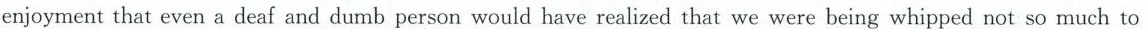
enjoyment that even a deaf and dumb person would have realized that we were being whipped not so much to